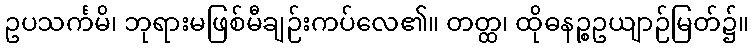
ဥပသင်္ကမိ၊ ဘုရားမဖြစ်မီချဉ်းကပ်လေ၏။ တတ္ထ၊ ထိုဓနဉ္စဥယျာဉ်မြတ်၌။